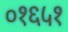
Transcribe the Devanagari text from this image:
०१६५१